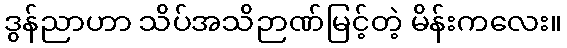
ဒွန်ညာဟာ သိပ်အသိဉာဏ်မြင့်တဲ့ မိန်းကလေး။